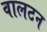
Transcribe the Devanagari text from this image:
वालटन